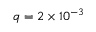
q = 2 \times 1 0 ^ { - 3 }